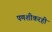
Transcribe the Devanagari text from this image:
पणशीकरही